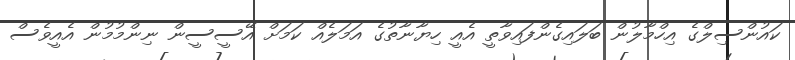
ކައުންސިލްގެ އިހްމާލުން ބަލައިގެންފައިވާތީ އެއީ ހިޔާނާތުގެ އަމަލެއް ކަމަށް އޭސީސީން ނިންމުމުން އެއީވެސް